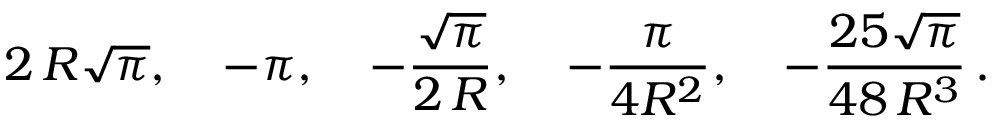
2 \, R \sqrt \pi , \quad - \pi , \quad - \frac { \sqrt \pi } { 2 \, R } , \quad - \frac { \pi } { 4 R ^ { 2 } } , \quad - \frac { 2 5 \sqrt \pi } { 4 8 \, R ^ { 3 } } \, { . }